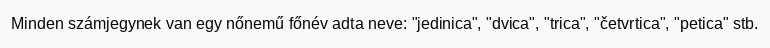
Minden számjegynek van egy nőnemű főnév adta neve: "jedinica", "dvica", "trica", "četvrtica", "petica" stb.